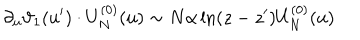
\partial _ { u } \vartheta _ { 1 } ( u ^ { \prime } ) \cdot U _ { N } ^ { ( 0 ) } ( u ) \sim N \alpha \ln ( z - z ^ { \prime } ) U _ { N } ^ { ( 0 ) } ( u )